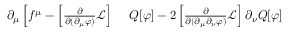
\begin{array} { r l } { \partial _ { \mu } \left[ f ^ { \mu } - \left[ { \frac { \partial } { \partial ( \partial _ { \mu } \varphi ) } } { \mathcal { L } } \right] \right. } & { { } \left. Q [ \varphi ] - 2 \left[ { \frac { \partial } { \partial ( \partial _ { \mu } \partial _ { \nu } \varphi ) } } { \mathcal { L } } \right] \partial _ { \nu } Q [ \varphi ] \right. } \end{array}